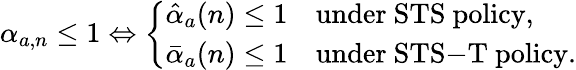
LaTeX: \begin{array}{r}{\alpha_{a,n}\leq 1\Leftrightarrow\left\{ \begin{array}{ll}{\hat{\alpha}_{a}(n)\leq 1}&{\mathrm{under~\mathrm{STS}~policy},}\\ {\bar{\alpha}_{a}(n)\leq 1}&{\mathrm{under~\mathrm{STS}\mathrm{-}\mathrm{T}~policy}.}\end{array}\right.}\end{array}